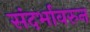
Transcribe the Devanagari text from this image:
संदर्भावरुन